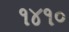
૧૪૧૦